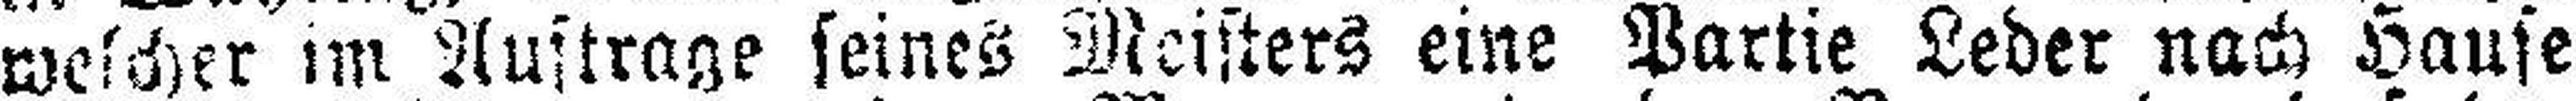
welcher im Auftrage seines Meisters eine Partie Leder nach Hause